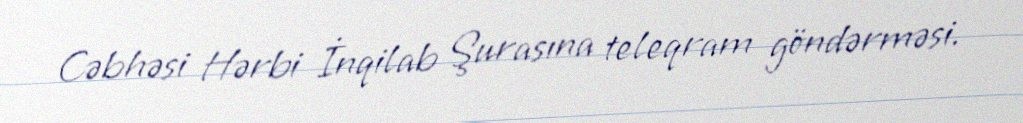
Cəbhəsi Hərbi İnqilab Şurasına teleqram göndərməsi.